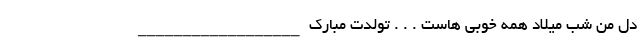
دل من شب میلاد همه خوبی هاست . . . تولدت مبارک __________________